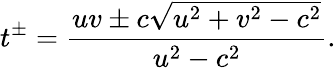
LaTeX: t^{\pm}=\frac{uv\pm c\sqrt{u^{2}+v^{2}-c^{2}}}{u^{2}-c^{2}}.